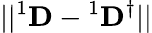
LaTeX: ||{}^{1}{\mathbf D}-{}^{1}{\mathbf D}^{\dagger}||